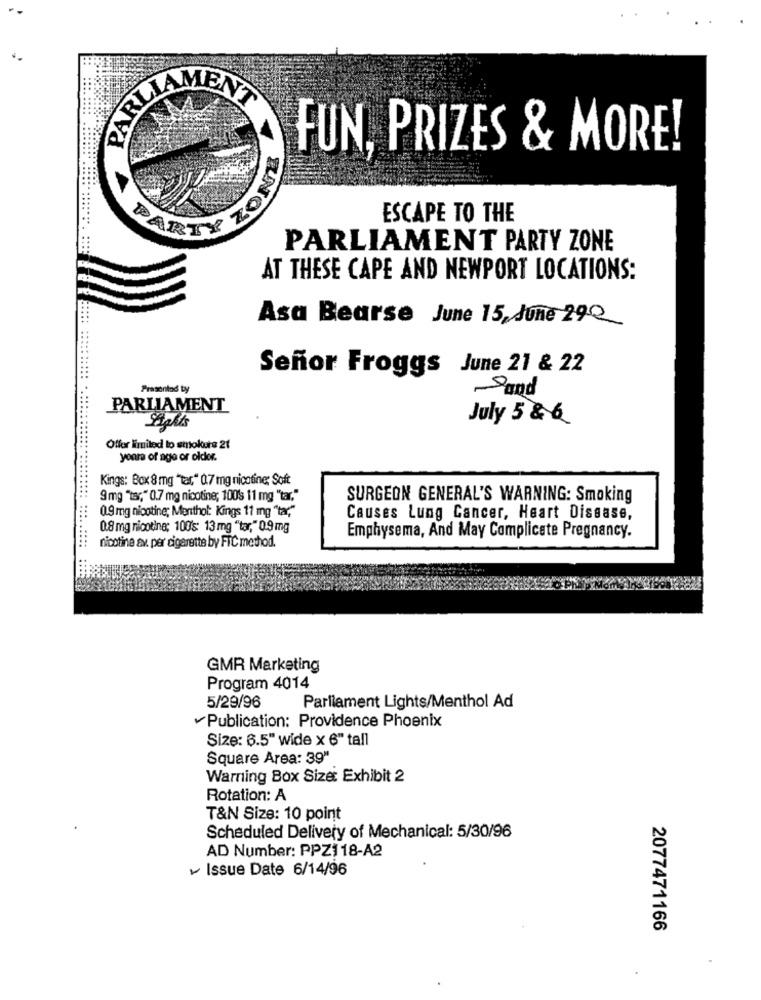
PARLA
FUN, PRIZES & MORE!
UNOZ
ESCAPE TO THE
PARLIAMENT PARTY ZONE
AT THESE CAPE AND NEWPORT LOCATIONS:
Asa Bearse June 15, June 29 __
Señor Froggs June 21 & 22
Presenind Ly
Sand
PARLIAMENT
July 5 & 6
Offer limited to smokere 21
yours of age or older.
Kings: Box 8 mg "tar," 0.7 mg nicotine; Soft
9 mg "ts ;, " 0.7 mg nicotine; 1008 11 mg "tar."
SURGEON GENERAL'S WARNING: Smoking
0.9 mg nicotine; Menthol: Kings 11 mg "tar,"
Causes Lung Cancer, Heart Dissase,
0.8 mg nicotine; 100's: 13 mg "tar," 0.9 mg
Emphysema, And May Complicate Pregnancy.
nicotine av. per cigarette by FTC method.
GMR Marketing
Program 4014
Parliament Lights/Menthol Ad
5/29/96
Publication: Providence Phoenix
Size: 6.5" wide x 6" tall
Square Area: 39"
Warning Box Size: Exhibit 2
Rotation: A
T&N Size: 10 point
Scheduled Delivery of Mechanical: 5/30/96
AD Number: PPZI18-A2
Issue Date 6/14/96
2077471166